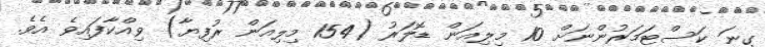
ގިނަ ކަސްޓަމަރުންނަށް 10 މިލިއަން ޑޮލަރު (154 މިލިއަން ރުފިޔާ) ވިއްކާފައިވެ އެވެ.